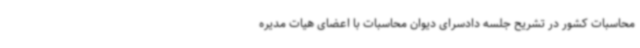
محاسبات کشور در تشریح جلسه دادسرای دیوان محاسبات با اعضای هیات مدیره